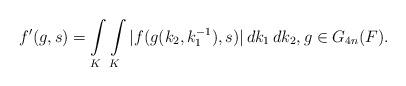
LaTeX: \begin{align*} f'(g,s)=\int\limits_{K}\int\limits_{K}|f(g(k_2,k_1^{-1}), s)|\,dk_1\,dk_2,g\in G_{4n}(F).\end{align*}